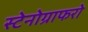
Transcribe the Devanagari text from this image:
स्टेनोग्राफरो